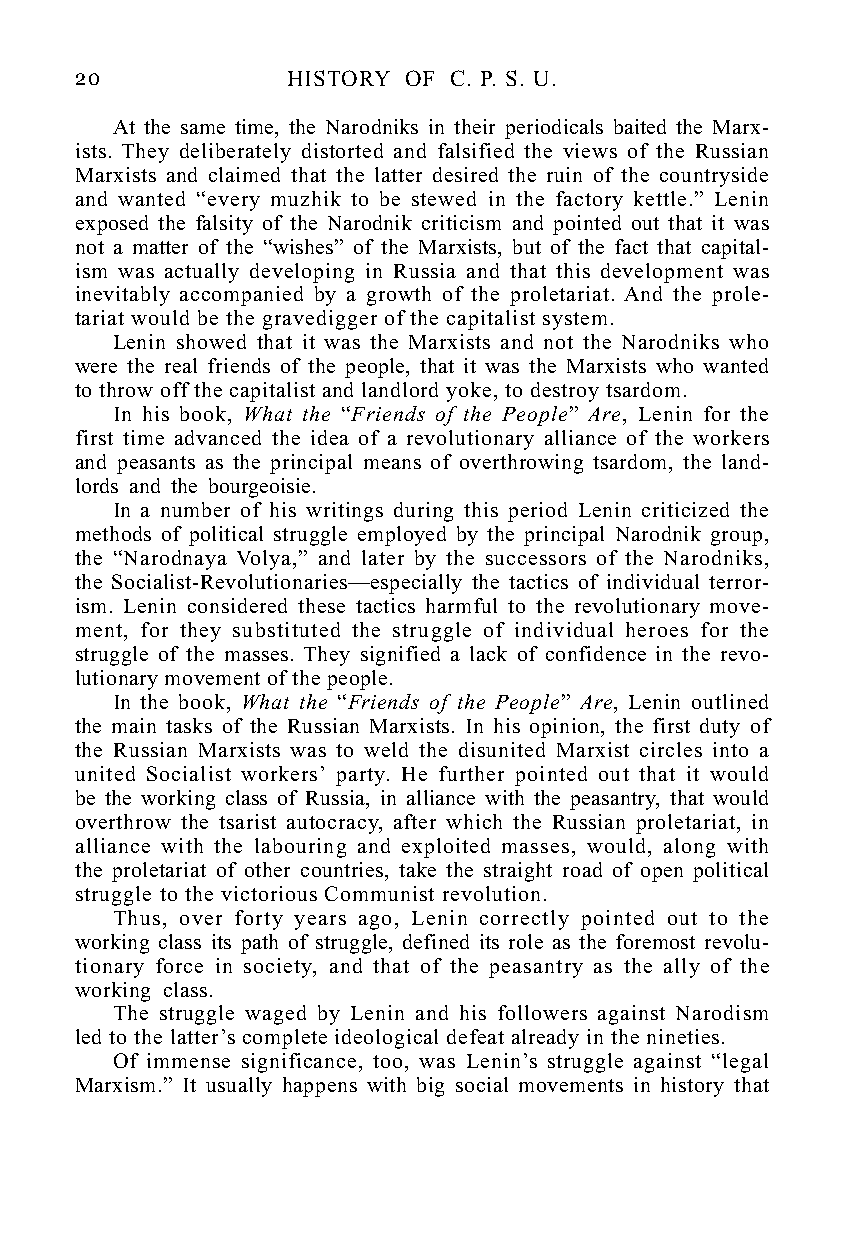
20            HISTORY OF C. P. S. U.
 At the same time, the Narodniks in their periodicals baited the Marx-
 ists. They deliberately distorted and falsified the views of the Russian
 Marxists and claimed that the latter desired the ruin of the countryside
 and wanted “every muzhik to be stewed in the factory kettle.” Lenin
 exposed the falsity of the Narodnik criticism and pointed out that it was
 not a matter of the “wishes” of the Marxists, but of the fact that capital-
 ism was actually developing in Russia and that this development was
 inevitably accompanied by a growth of the proletariat. And the prole-
 tariat would be the gravedigger of the capitalist system.
 Lenin showed that it was the Marxists and not the Narodniks who
 were the real friends of the people, that it was the Marxists who wanted
 to throw off the capitalist and landlord yoke, to destroy tsardom.
 In his book, What the “Friends of the People” Are, Lenin for the
 first time advanced the idea of a revolutionary alliance of the workers
 and peasants as the principal means of overthrowing tsardom, the land-
 lords and the bourgeoisie.
 In a number of his writings during this period Lenin criticized the
 methods of political struggle employed by the principal Narodnik group,
 the “Narodnaya Volya,” and later by the successors of the Narodniks,
 the Socialist-Revolutionaries—especially the tactics of individual terror-
 ism. Lenin considered these tactics harmful to the revolutionary move-
 ment, for they substituted the struggle of individual heroes for the
 struggle of the masses. They signified a lack of confidence in the revo-
 lutionary movement of the people.
 In the book, What the “Friends of the People” Are, Lenin outlined
 the main tasks of the Russian Marxists. In his opinion, the first duty of
 the Russian Marxists was to weld the disunited Marxist circles into a
 united Socialist workers’ party. He further pointed out that it would
 be the working class of Russia, in alliance with the peasantry, that would
 overthrow the tsarist autocracy, after which the Russian proletariat, in
 alliance with the labouring and exploited masses, would, along with
 the proletariat of other countries, take the straight road of open political
 struggle to the victorious Communist revolution.
 Thus, over forty years ago, Lenin correctly pointed out to the
 working class its path of struggle, defined its role as the foremost revolu-
 tionary force in society, and that of the peasantry as the ally of the
 working class.
 The struggle waged by Lenin and his followers against Narodism
 led to the latter’s complete ideological defeat already in the nineties.
 Of immense significance, too, was Lenin’s struggle against “legal
 Marxism.” It usually happens with big social movements in history that